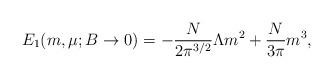
LaTeX: \begin{align*}E_1 (m,\mu;B\to0) = -\frac{N}{2\pi^{3/2}}\Lambda m^2 +\frac{N}{3\pi}m^3, \end{align*}